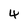
Character: 4